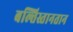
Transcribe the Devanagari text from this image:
बल्तिस्तानतान